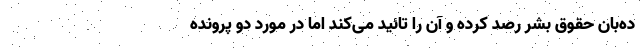
ده‌بان حقوق بشر رصد کرده و آن را تائید می‌کند اما در مورد دو پرونده